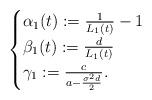
LaTeX: \begin{align*}\begin{cases} \alpha_1(t): =\frac{1}{L_1(t)}-1 \\ \beta_1(t): =\frac{d}{L_1(t)} \\\gamma_1:=\frac{c}{a-\frac{\sigma^2d}{2}}.\end{cases}\end{align*}